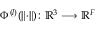
\Phi ^ { ( l ) } ( \lVert \cdot \rVert ) \colon { \mathbb { R } } ^ { 3 } \longrightarrow { \mathbb { R } } ^ { F }